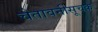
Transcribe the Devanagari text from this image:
चेतावनीसूचक